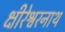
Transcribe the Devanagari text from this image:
क्षीरेश्वरनाथ